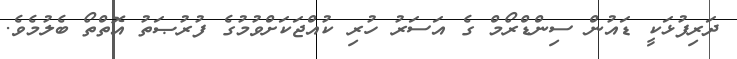
ދަރިފުޅަކީ ޑައުން ސިންޑްރޯމް ގެ އަސަރު ހުރި ކުއްޖަކަށްވުމުގެ ފުރުޞަތު އޮތްތޯ ބެލުމެވެ.